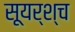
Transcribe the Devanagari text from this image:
सूयर्श्च